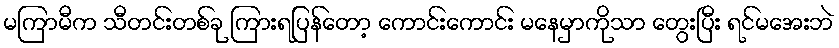
မကြာမီက သီတင်းတစ်ခု ကြားရပြန်တော့ ကောင်းကောင်း မနေမှာကိုသာ တွေးပြီး ရင်မအေးဘဲ